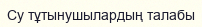
Су тұтынушылардың талабы